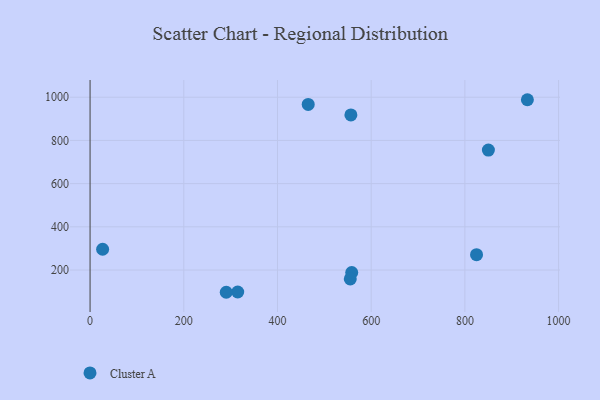
{"axis": {"x": "Study Hours", "y": "Rating"}, "legend": ["Cluster A"], "data": [{"x": "315.1", "y": 98.2, "type": "Cluster A"}, {"x": "465.6", "y": 966.7, "type": "Cluster A"}, {"x": "933.4", "y": 988.4, "type": "Cluster A"}, {"x": "558.5", "y": 188.4, "type": "Cluster A"}, {"x": "824.9", "y": 270.9, "type": "Cluster A"}, {"x": "290.7", "y": 96.9, "type": "Cluster A"}, {"x": "556.7", "y": 918.1, "type": "Cluster A"}, {"x": "26.8", "y": 296.2, "type": "Cluster A"}, {"x": "555.4", "y": 158.6, "type": "Cluster A"}, {"x": "850.2", "y": 755.2, "type": "Cluster A"}]}